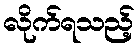
လိုက်ရသည့်